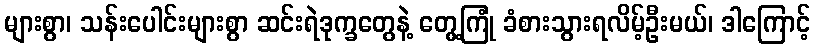
များစွာ၊ သန်းပေါင်းများစွာ ဆင်းရဲဒုက္ခတွေနဲ့ တွေ့ကြုံ ခံစားသွားရလိမ့်ဦးမယ်၊ ဒါကြောင့်